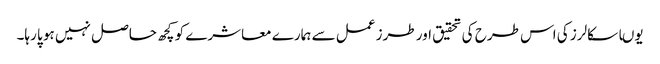
یوںا سکالرز کی اس طرح کی تحقیق اور طرز عمل سے ہمارے معاشرے کو کچھ حاصل نہیں ہو پا رہا۔